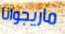
ماريجوانا